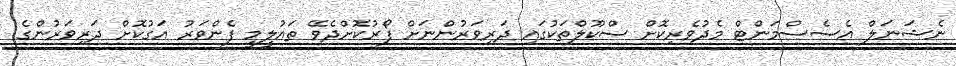
ނެޝަނަލް އެސެސްމަންޓް މެދުވެރިކޮށް ސްކޫލްތަކުގައި ދަރިވަރުންނަށް ފޯރުކޮށްދެވޭ ތައުލީމީ ފެންވަރު އަގުކޮށް ދަރިވަރުންގެ